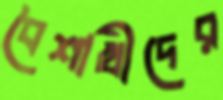
বৈশাখীদের